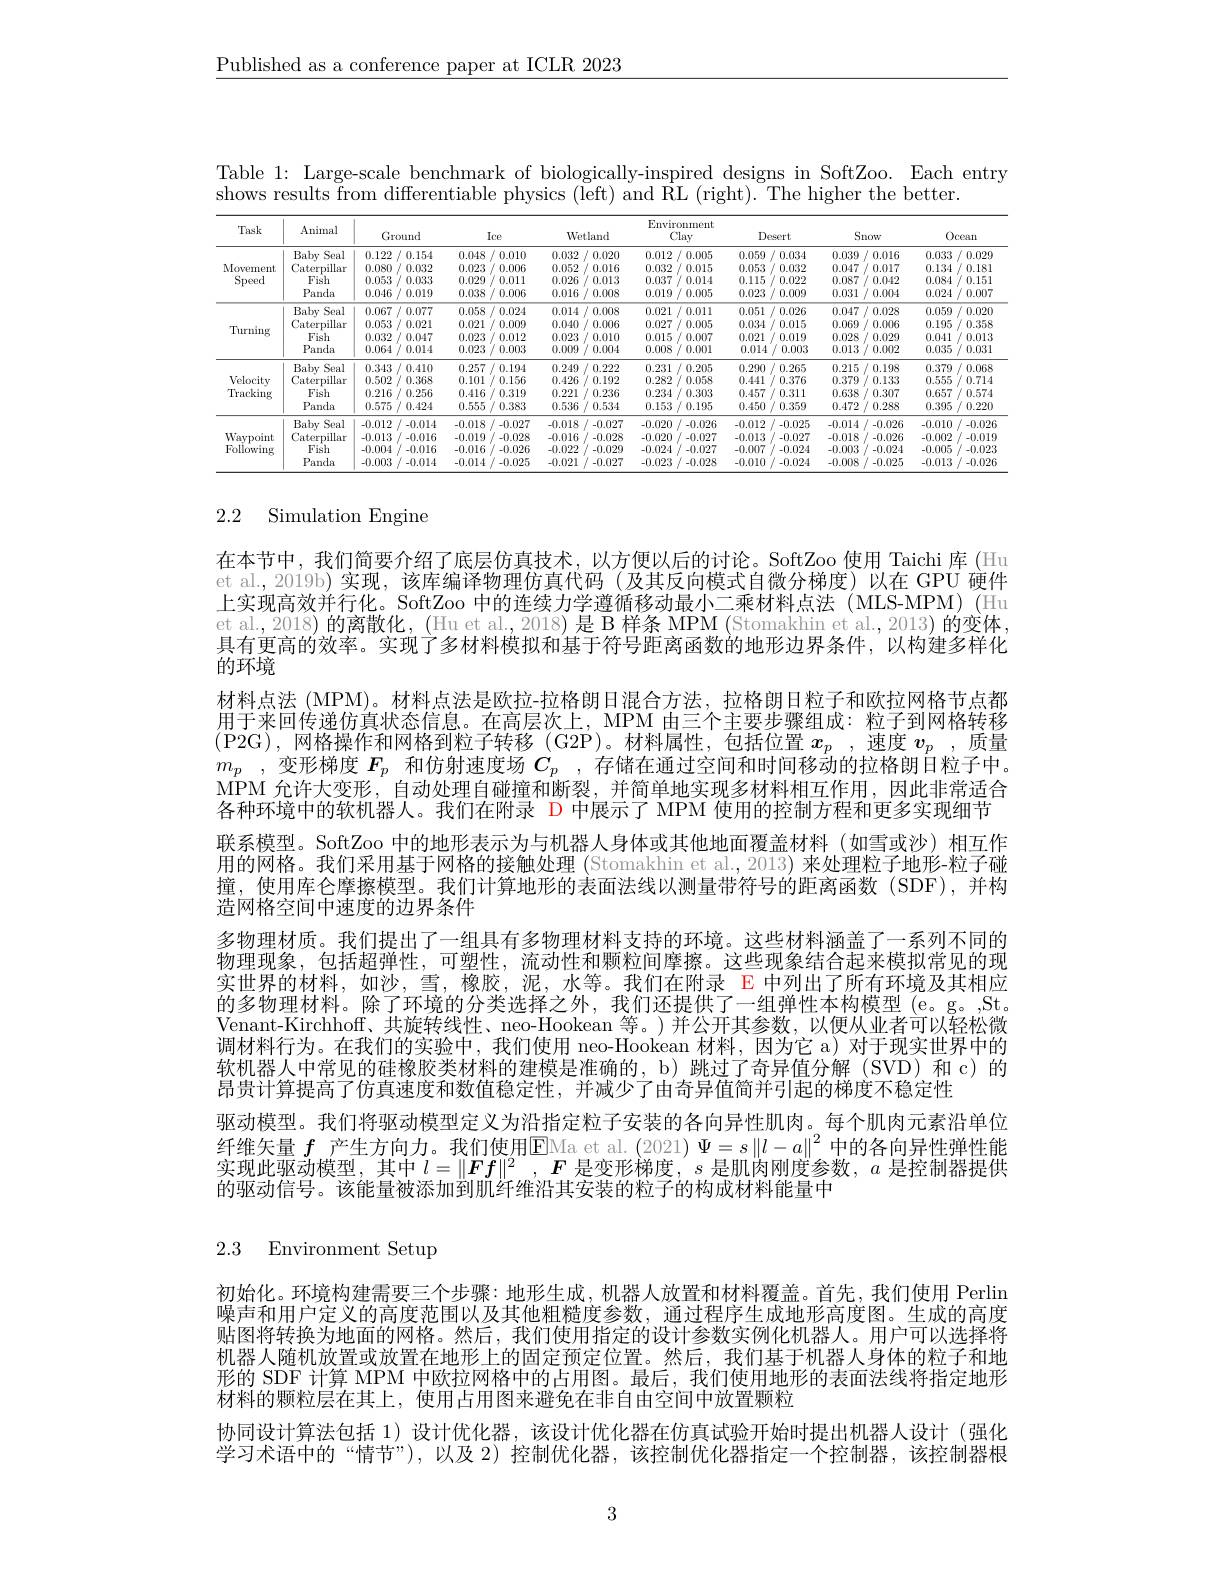
$\underline{\text{Published as a conference paper at ICLR 2023}}$

Table 1: Large-scale benchmark of biologically-inspired designs in SoftZoo. Each entry
shows results from differentiable physics (left) and $\hat{\mathrm{RL~(right).~The~higher~the~better.}}$

<table>
	<tbody>
		<tr>
			<th>Task</th>
			<th>Animal</th>
			<th>Ground</th>
			<th>Ice</th>
			<th>Wetland</th>
			<th>ind</th>
			<th>Environme Clay</th>
			<th>Environment Clay</th>
			<th>Desert</th>
			<th>Snow</th>
			<th> </th>
			<th>$0cean$</th>
		</tr>
		<tr>
			<td rowspan="4">Movement Speed</td>
			<td>Babv Seal</td>
			<td>0.122 2/0.154</td>
			<td>0.048 8/0.010</td>
			<td>0.032 0.0.</td>
			<td>0.020</td>
			<td>0.012 0.0</td>
			<td>.012 0.005</td>
			<td>0.059 /0.034</td>
			<td>0.039 $f$ 0.016</td>
			<td>0.03</td>
			<td>3 0.029</td>
		</tr>
		<tr>
			<td>Caterpillar</td>
			<td>0.080 0.032 11</td>
			<td>0.023 /0.006</td>
			<td>0.052 0.0</td>
			<td>0.016</td>
			<td>0.032 0.0</td>
			<td>.032 0.015</td>
			<td>0.053 0.032</td>
			<td>0.047 $f$ 0.017</td>
			<td>0.13.</td>
			<td>4 0.181</td>
		</tr>
		<tr>
			<td>Fish</td>
			<td>0.053 0.033</td>
			<td>0.029 0.011</td>
			<td>0.026 0.0</td>
			<td>0.013</td>
			<td>0.037 0.0</td>
			<td>.037 0.014</td>
			<td>0.115 0.022</td>
			<td>0.087 0.042</td>
			<td>0.08.</td>
			<td>4 0.151</td>
		</tr>
		<tr>
			<td>Panda</td>
			<td>0.046 / 0.019</td>
			<td>0.038 $f1$ 0.006</td>
			<td>0.016 ${\mathrm{i/0.0}}$</td>
			<td>0.008</td>
			<td>0.019/ 0.0</td>
			<td>.019 0.005</td>
			<td>0.023 0.009</td>
			<td>0.031 /0.004</td>
			<td>0.02.</td>
			<td>$4\not$ / 0.007</td>
		</tr>
		<tr>
			<td rowspan="4">Turning</td>
			<td>Baby Seal</td>
			<td>0.067 $\cdot /$ 0.077</td>
			<td>8/0.024 0.058</td>
			<td>0.014 0.0</td>
			<td>0.008</td>
			<td>0.021 0.0</td>
			<td>.021 0.011</td>
			<td>0.026 0.051 $\int1$</td>
			<td>/ 0.028 0.047</td>
			<td>0.05</td>
			<td>9 0.020</td>
		</tr>
		<tr>
			<td>Caterpillar</td>
			<td>0.053 0.021</td>
			<td>0.009 0.021 1</td>
			<td>0.040 0.0</td>
			<td>0.006</td>
			<td>0.027 0.0</td>
			<td>.027 0.005</td>
			<td>0.034 0.015</td>
			<td>0.069 0.006</td>
			<td>0.19</td>
			<td>5 0.358</td>
		</tr>
		<tr>
			<td>Fish</td>
			<td>0.032 0.047</td>
			<td>0.023 0.012</td>
			<td>0.023 0.0</td>
			<td>0.010</td>
			<td>0.015 0.0</td>
			<td>.015 0.007</td>
			<td>0.021 0.019</td>
			<td>0.028 0.029</td>
			<td>0.041</td>
			<td>0.013 1</td>
		</tr>
		<tr>
			<td>Panda</td>
			<td>0.064 0.014</td>
			<td>0.023 0.003</td>
			<td>0.009 0.0</td>
			<td>0.004</td>
			<td>0.008 0.0</td>
			<td>.008 0.001</td>
			<td>0.014 0.003</td>
			<td>0.013 0.002</td>
			<td>0.03</td>
			<td>5 0.031</td>
		</tr>
		<tr>
			<td rowspan="4">Velocity Tracking</td>
			<td> </td>
			<td>112 1</td>
			<td>11.2! 117</td>
			<td>240 1</td>
			<td>222</td>
			<td>0.23</td>
			<td>231 0.20.5</td>
			<td>/0.265 $\textcircled{1}\%$</td>
			<td>0.215 $f$ 0.198</td>
			<td>11 、 1</td>
			<td>TIRK</td>
		</tr>
		<tr>
			<td>Caterpillar</td>
			<td>0.502 0.368</td>
			<td>0.101 0.156</td>
			<td>0.426 0.1</td>
			<td>0.192</td>
			<td>0.282 11</td>
			<td>.282 0.058</td>
			<td>0.441 0.376</td>
			<td>0.379 0.133</td>
			<td>0.55</td>
			<td>5 0.714</td>
		</tr>
		<tr>
			<td>Fish</td>
			<td>0.216 / 0.256</td>
			<td>0.416 /0.319</td>
			<td>0.221 0.2.</td>
			<td>0.236</td>
			<td>0.234 11</td>
			<td>.234 0.303</td>
			<td>0.457 0.311</td>
			<td>0.638 /0.307</td>
			<td>0.657</td>
			<td>7 0.574</td>
		</tr>
		<tr>
			<td>Panda</td>
			<td>0.575 0.424</td>
			<td>0.555 /0.383 1</td>
			<td>0.536 0.5.</td>
			<td>0.534</td>
			<td>0.153 0.1</td>
			<td>.153 0.195</td>
			<td>0.450 0.359</td>
			<td>0.472 0.288</td>
			<td>0.39</td>
			<td>5 0.220</td>
		</tr>
		<tr>
			<td rowspan="4">Waypoint Foliowing</td>
			<td>Babv Seal</td>
			<td>-0.012 1-0.014</td>
			<td>-0.018 :/-0.027</td>
			<td>-0.018 -0.1</td>
			<td>-0.027</td>
			<td>-0.020 $\int_{1}^{\prime}$ -0.</td>
			<td>.020 -0.026 1.</td>
			<td>-0.012 1-0.025</td>
			<td>-0.014 4/-0.026</td>
			<td>-0.01(</td>
			<td>0 -0.026</td>
		</tr>
		<tr>
			<td>Caterpillar</td>
			<td>-0.013 $\int-0.016$</td>
			<td>-0.019 -0.028</td>
			<td>-0.016</td>
			<td>-0.028</td>
			<td>-0.020</td>
			<td>.020 -0.027 1</td>
			<td>-0.013 1-0.027</td>
			<td>-0.018 -0.026 $I$ </td>
			<td>-0.002</td>
			<td>2 -0.010</td>
		</tr>
		<tr>
			<td>Fish</td>
			<td>-0.004 -0.016</td>
			<td>-0.016 -0.026</td>
			<td>-0.022</td>
			<td>-0.029</td>
			<td>-0.024</td>
			<td>.024 -0.027</td>
			<td>-0.007 -0.024</td>
			<td>-0.003 -0.024</td>
			<td>-0.00</td>
			<td>5 -0.023</td>
		</tr>
		<tr>
			<td>Panda</td>
			<td>-0.003 -0.014</td>
			<td>-0.014 -0.025</td>
			<td>-0.021 11</td>
			<td>-0.027</td>
			<td>-0.023 1</td>
			<td>.023 -0.028</td>
			<td>-0.010 -0.024</td>
			<td>-0.008 -0.025</td>
			<td>-0.01:</td>
			<td>3 -0.026</td>
		</tr>
	</tbody>
</table>

# 2.2 Simulation Engine

在本节中，我们简要介绍了底层仿真技术，以方便以后的讨论。SoftZoo 使用 Taichi 库 (Hu et al.,2019b)实现，该库编译物理仿真代码(及其反向模式自微分梯度)以在 GPU 硬件上实现高效并行化。SoftZoo 中的连续力学遵循移动最小二乘材料点法(MLS-MPM)(Hu et al., 2018) 的离散化，(Hu et al., 2018) 是 B 样条 MPM (Stomakhin et al., 2013) 的变体具有更高的效率。实现了多材料模拟和基于符号距离函数的地形边界条件，以构建多样化$\overbrace{\text{的环境}}^{\text{的环境}}$
材料点法 (MPM)。材料点法是欧拉-拉格朗日混合方法，拉格朗日粒子和欧拉网格节点都用于来回传递仿真状态信息。在高层次上，MPM 由三个主要步骤组成：粒子到网格转移(P2G),网格操作和网格到粒子转移(G2P)。材料属性，包括位置$x_p$ ,速度$v_p$ ,质量$m_p$ ,变形梯度 $F_p$ 和仿射速度场 $C_p$ ,存储在通过空间和时间移动的拉格朗日粒子中。MPM 允许大变形，自动处理自碰撞和断裂，并简单地实现多材料相互作用，因此非常适合各种环境中的软机器人。我们在附录 D 中展示了 MPM 使用的控制方程和更多实现细节联系模型。SoftZoo 中的地形表示为与机器人身体或其他地面覆盖材料(如雪或沙)相互作用的网格。我们采用基于网格的接触处理(Stomakhin et al.,2013) 来处理粒子地形-粒子碰撞，使用库仑摩擦模型。我们计算地形的表面法线以测量带符号的距离函数(SDF),并构造网格空间中速度的边界条件
多物理材质。我们提出了一组具有多物理材料支持的环境。这些材料涵盖了一系列不同的物理现象，包括超弹性，可塑性，流动性和颗粒间摩擦。这些现象结合起来模拟常见的现实世界的材料，如沙，雪，橡胶，泥，水等。我们在附录 E 中列出了所有环境及其相应的多物理材料。除了环境的分类选择之外，我们还提供了一组弹性本构模型(e。g。,St. Venant-Kirchhoff、共旋转线性、neo-Hookean 等。)并公开其参数，以便从业者可以轻松微调材料行为。在我们的实验中，我们使用 neo-Hookean 材料，因为它 a) 对于现实世界中的软机器人中常见的硅橡胶类材料的建模是准确的，b) 跳过了奇异值分解 (SVD) 和 c) 的昂贵计算提高了仿真速度和数值稳定性，并减少了由奇异值简并引起的梯度不稳定性
驱动模型。我们将驱动模型定义为沿指定粒子安装的各向异性肌肉。每个肌肉元素沿单位纤维矢量$f$产生方向力。我们使用$\operatorname{EMa}$ et al. (2021) $\Psi=s\left\|l-a\right\|^2$中的各向异性弹性能实现此驱动模型，其中$l= \| \boldsymbol{Ff}\| ^2$ $, \boldsymbol{F}$是变形梯度，$s$是肌肉刚度参数，$a$是控制器提供的驱动信号。该能量被添加到肌纤维沿其安装的粒子的构成材料能量中

2.3 Environment Setup

初始化。环境构建需要三个步骤：地形生成，机器人放置和材料覆盖。首先，我们使用 Perlin 噪声和用户定义的高度范围以及其他粗糙度参数，通过程序生成地形高度图。生成的高度贴图将转换为地面的网格。然后，我们使用指定的设计参数实例化机器人。用户可以选择将机器人随机放置或放置在地形上的固定预定位置。然后，我们基于机器人身体的粒子和地形的 SDF 计算 MPM 中欧拉网格中的占用图。最后，我们使用地形的表面法线将指定地形材料的颗粒层在其上，使用占用图来避免在非自由空间中放置颗粒
协同设计算法包括 1)设计优化器，该设计优化器在仿真试验开始时提出机器人设计(强化学习术语中的“情节”),以及 2) 控制优化器，该控制优化器指定一个控制器，该控制器根

3